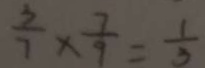
\frac { 3 } { 7 } \times \frac { 7 } { 9 } = \frac { 1 } { 3 }